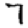
Digit: 7